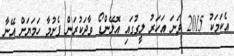
އެކަމަކު 2015 ވަނަ އަހަރު ލީގުގައި އޮލޭންޑޯ ވާދަކުރަން ފެށުމާ ހަމަޔަށް އޭނާ